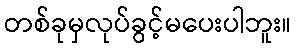
တစ်ခုမှလုပ်ခွင့်မပေးပါဘူး။